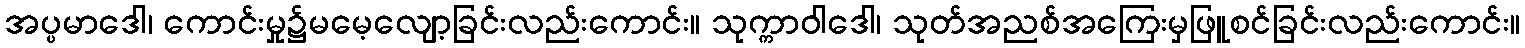
အပ္ပမာဒေါ၊ ကောင်းမှု၌မမေ့လျော့ခြင်းလည်းကောင်း။ သုက္ကာဝါဒေါ၊ သုတ်အညစ်အကြေးမှဖြူစင်ခြင်းလည်းကောင်း။